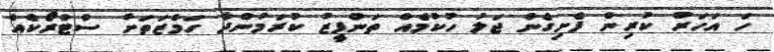
ހަ އަހަރު ކުރިން ފެށިގެން ޖަލު ހުކުމެއް ތަންފީޒު ކުރަމުންދާ ހަމްޒަތަށް ސްޓްރޯކެއް